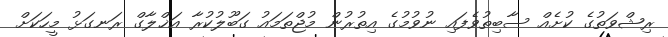
ރިޝްވަތުގެ ކުށެއް ސާބިތުވެފައި ނުވުމުގެ އިތުރުން މުޖްތަމައު ގަބޫލުކުރާ އަޚްލާގް ރަނގަޅު މީހަކަށް